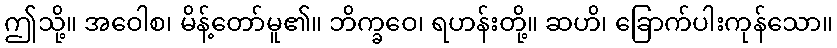
ဤသို့။ အဝေါစ၊ မိန့်တော်မူ၏။ ဘိက္ခဝေ၊ ရဟန်းတို့။ ဆဟိ၊ ခြောက်ပါးကုန်သော။